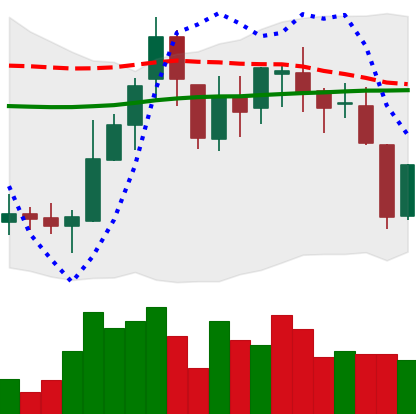
Ticker: BNB-USD
Chart end date: 2018-08-09
Forward return: -26.737%
Label: down_7plus